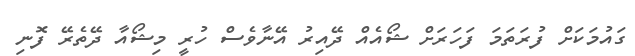
ގައުމަކަށް ފުރަތަމަ ފަހަރަށް ޝޯއެއް ދޭއިރު އޭނާވެސް ހުރީ މިޝޯއާ ދޭތެރޭ ފޮނި